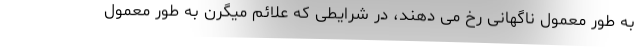
به طور معمول ناگهانی رخ می دهند، در شرایطی که علائم میگرن به طور معمول